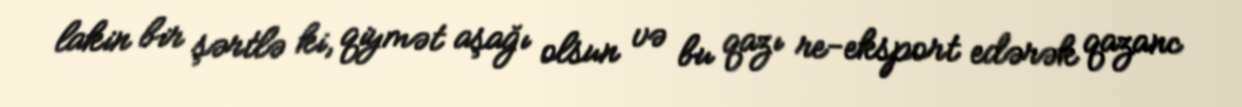
lakin bir şərtlə ki, qiymət aşağı olsun və bu qazı re-eksport edərək qazanc